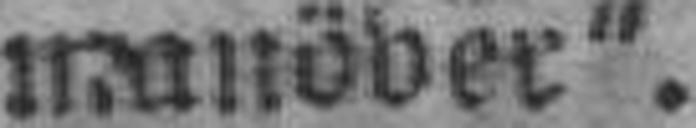
manöver“.